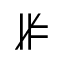
\nVDash